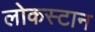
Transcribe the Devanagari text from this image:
लोकस्टान